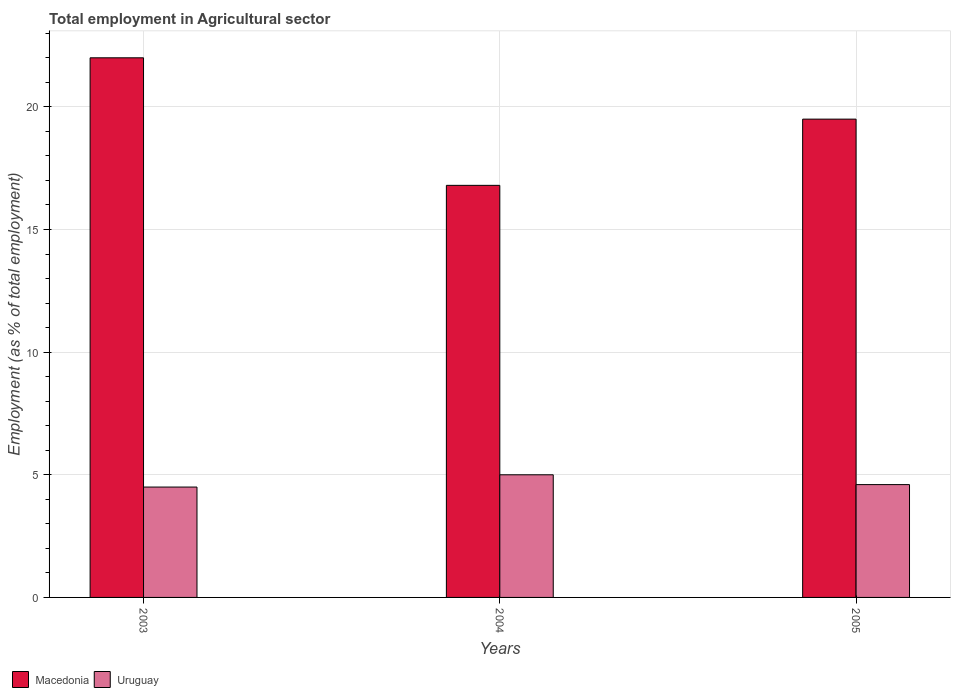
| Years | Macedonia | Uruguay |
 | --- | --- | --- |
 | 2003 | 22 | 4.5 |
 | 2004 | 16.8 | 5 |
 | 2005 | 19.5 | 4.6 |